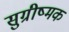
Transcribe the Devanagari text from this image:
सुग्रीष्मक